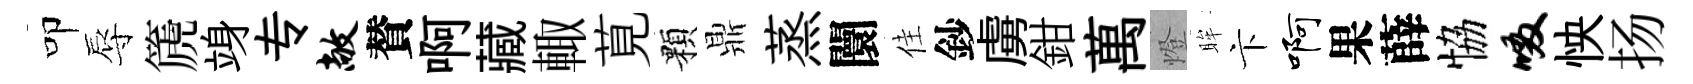
叩辱篪竧专敞賛啊藏輙莧顆鼎蒸闤佳鈔虜鉗萬燈眸卞啊果薛恊啜怏扬